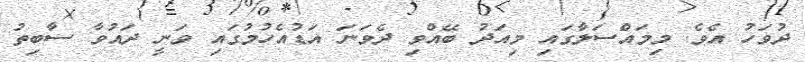
ދުވަހު އެވެ. މިމައްސަލާގައި މިއަދު ބޭއްވި ދެވަނަ އަޑުއެހުމުގައި ވަނީ ދައުވާ ސާބިތު